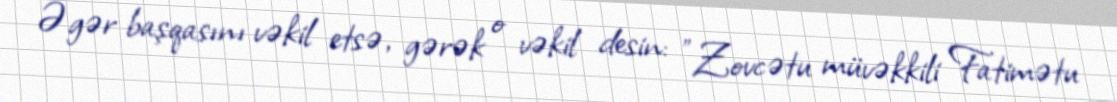
Əgər başqasını vəkil etsə, gərək o vəkil desin: "Zovcətu müvəkkili Fatimətu